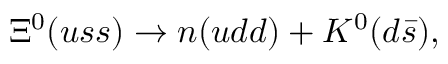
\Xi ^ { 0 } ( u s s ) \rightarrow n ( u d d ) + K ^ { 0 } ( d \bar { s } ) ,